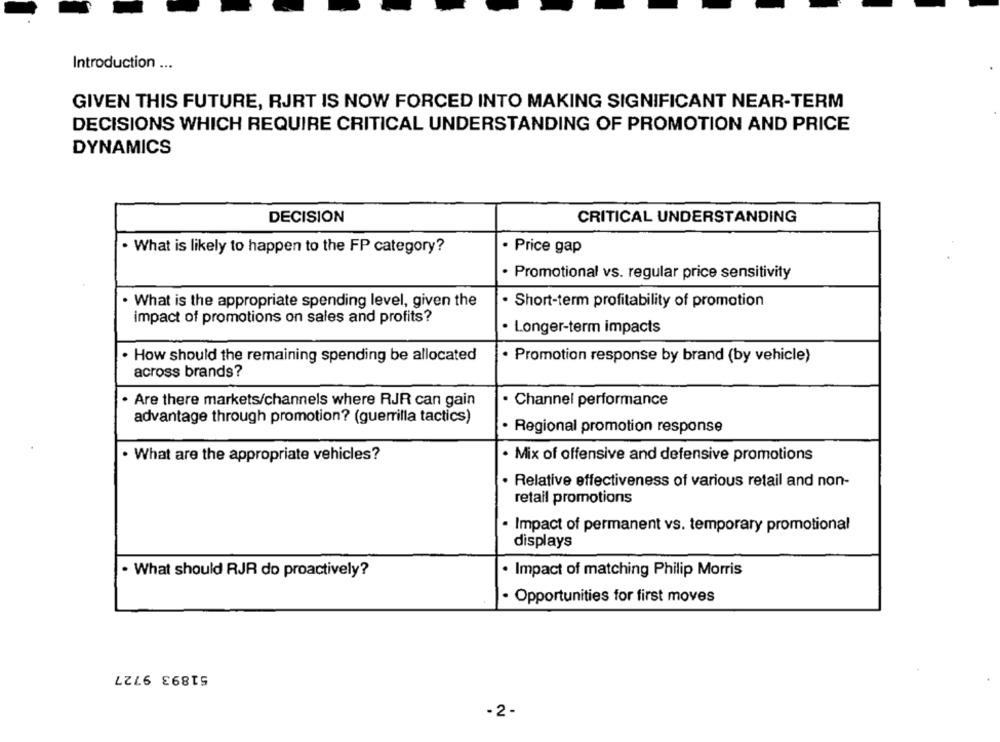
Introduction ...
GIVEN THIS FUTURE, RJRT IS NOW FORCED INTO MAKING SIGNIFICANT NEAR-TERM
DECISIONS WHICH REQUIRE CRITICAL UNDERSTANDING OF PROMOTION AND PRICE
DYNAMICS
DECISION
CRITICAL UNDERSTANDING
. What is likely to happen to the FP category?
Price gap
· Promotional vs. regular price sensitivity
. What is the appropriate spending level, given the
Short-term profitability of promotion
impact of promotions on sales and profits?
· Longer-term impacts
. How should the remaining spending be allocated
· Promotion response by brand (by vehicle)
across brands?
. Are there markets/channels where RJR can gain
. Channel performance
advantage through promotion? (guerrilla tactics)
· Regional promotion response
. What are the appropriate vehicles?
· Mix of offensive and defensive promotions
Relative effectiveness of various retail and non-
retail promotions
· Impact of permanent vs. temporary promotional
displays
· What should RJR do proactively?
· Impact of matching Philip Morris
· Opportunities for first moves
51893 9727
-2 -